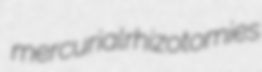
mercurial rhizotomies